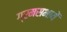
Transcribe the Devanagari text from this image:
ग्रमसभायें